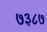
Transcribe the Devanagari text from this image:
७३८७